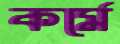
কর্মে